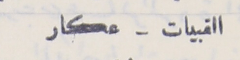
القبيات - عكار